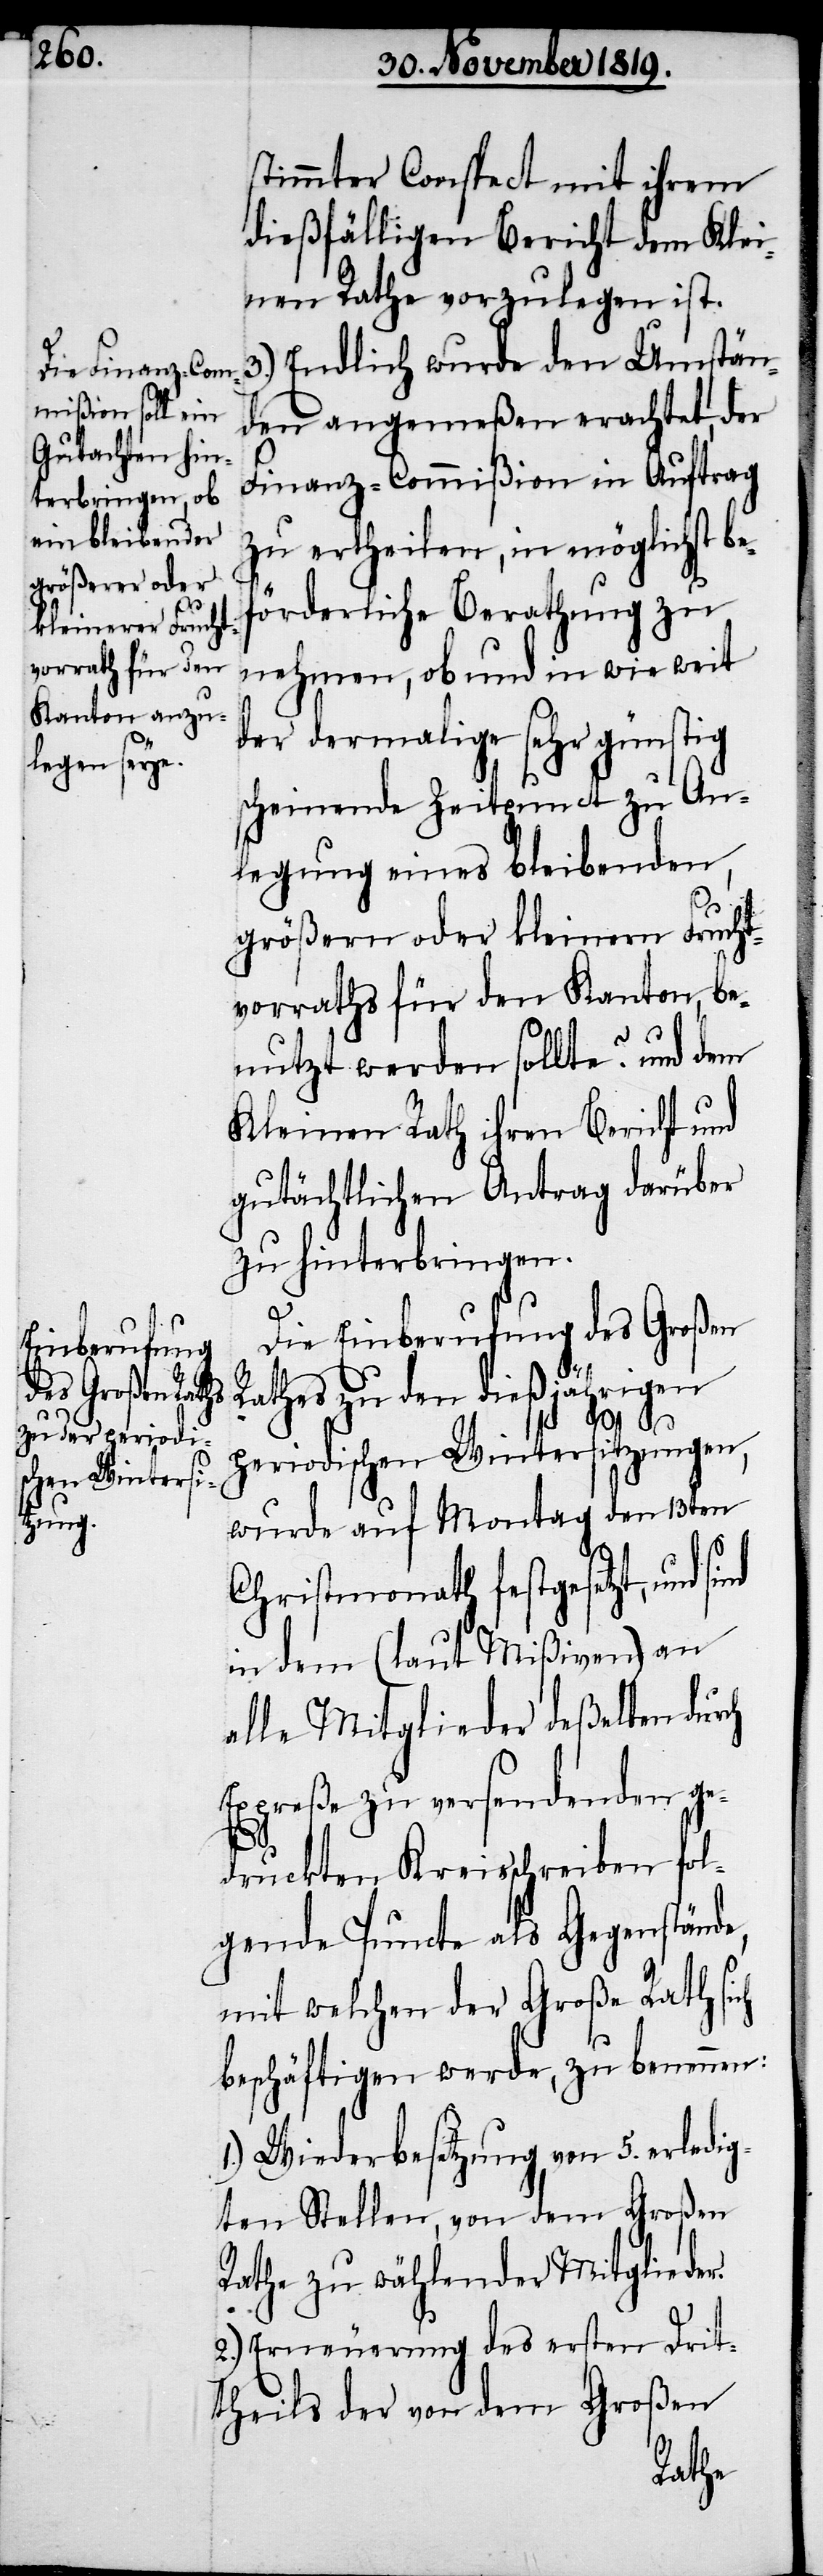
1.)

stimmter Conspect mit ihrem
dießfälligen Bericht dem Klei¬
nen Rathe vorzulegen ist.
Endlich wurde den Umstän¬
den angemeßen erachtet, der
Finanz-Commißion in Auftrag
zu ertheilen, in möglichst be¬
förderliche Berathung zu
nehmen, ob und in wie weit
der dermalige sehr günstig
scheinenden Zeitpunct zu An¬
legung eines bleibenden,
größern oder kleinern Frucht¬
vorraths für den Kanton, be¬
nutzt werden sollte? und dem
Kleinen Rath ihren Bericht und
gutächtlichen Antrag darüber
zu hinterbringen.
Die Einberufung des Großen
Rathes zu den dießjährigen
periodischen Wintersitzungen,
wurde auf Montag den 13ten
Christmonath festgesetzt, und
in dem (laut Mißiven) an
alle Mitglieder deßelben durch
Expreße zu versendenden ge¬
druckten Kreisschreiben fol¬
gende Puncte als Gegenstände,
mit welchen der Große Rath sich
beschäftigen werde, zu benennen:
Wiederbesetzung von 5. erledig¬
ten Stellen, von dem Großen
Rathe zu wählender Mitglieder.
2.) Erneuerung des ersten Drit¬
theils der von dem Großen